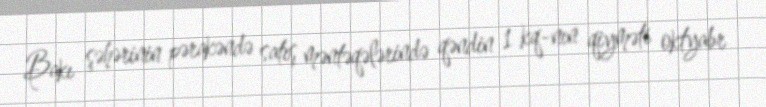
Bakı şəhərinin pərakəndə satış məntəqələrində qəndin 1 kq-nın qiyməti oktyabr